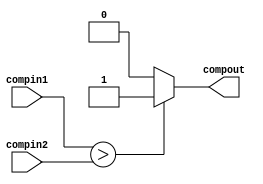
`timescale 1ns / 1ps

module compare(compin1, compin2, compout);
input [3:0] compin1;
input [3:0] compin2;
output reg compout;

always@(*)
begin

if(compin1 > compin2)
    begin
    compout=1;
    end
else
    begin
    compout=0;
    end
end
endmodule